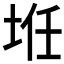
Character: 𱖤